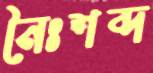
নৈঃশব্দ